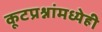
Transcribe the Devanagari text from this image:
कूटप्रश्नांमध्येही